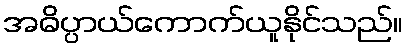
အဓိပ္ပာယ်ကောက်ယူနိုင်သည်။